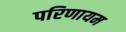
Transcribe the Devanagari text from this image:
परिणायम